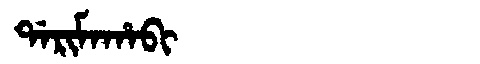
Manchu: ᡩᠠᡵᡳᠮᠠᡥᠠᠪᡳ
Romanization: DARIMAHABI